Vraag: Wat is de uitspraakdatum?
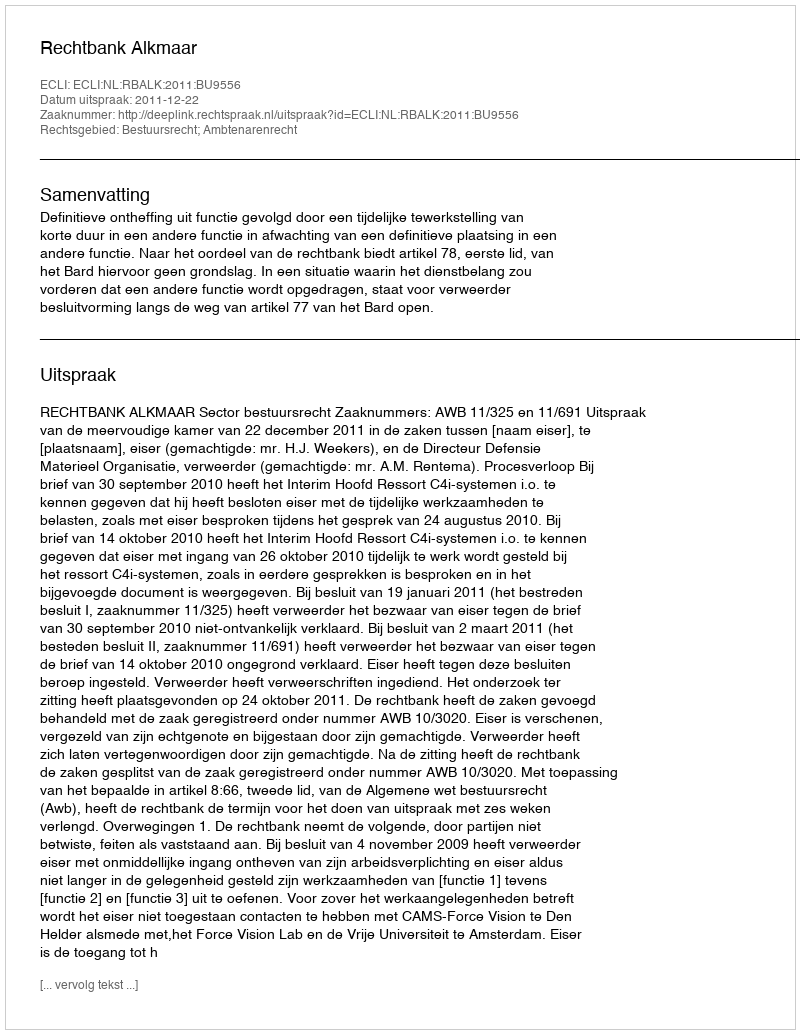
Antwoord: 2011-12-22